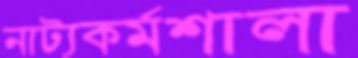
নাট্যকর্মশালা